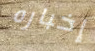
إخباره